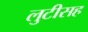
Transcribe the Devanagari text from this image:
लुटीसह